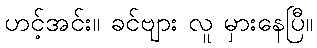
ဟင့်အင်း။ ခင်ဗျား လူ မှားနေပြီ။